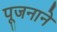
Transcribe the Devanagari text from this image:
पूजनाने